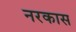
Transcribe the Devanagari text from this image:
नरकास